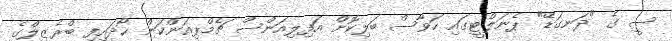
ސީ ގެ "ދަނގަޑޭ" ޕެނަލްޓީގައި ހަވާސް ބަލިކޮށް އަފިލިއަންސް ޗެމްޕިއަންކަން ހޯދައިފި ބްރެޒިލްގެ